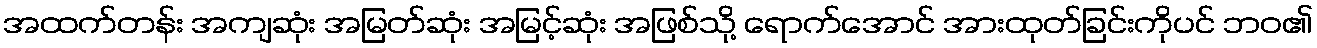
အထက်တန်း အကျဆုံး အမြတ်ဆုံး အမြင့်ဆုံး အဖြစ်သို့ ရောက်အောင် အားထုတ်ခြင်းကိုပင် ဘဝ၏